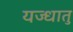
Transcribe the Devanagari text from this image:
यज्धातु